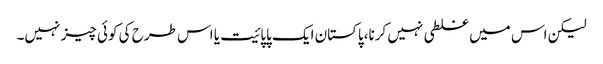
لیکن اس میں غلطی نہیں کرنا،پاکستان ایک پاپائیت یا اس طرح کی کوئی چیز نہیں۔